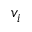
v _ { i }